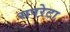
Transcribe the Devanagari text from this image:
सपरेटा